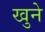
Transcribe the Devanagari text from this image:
खुने